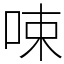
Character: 𠲿